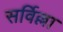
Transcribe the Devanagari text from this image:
सर्विल्ला